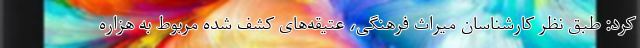
کرد: طبق نظر کارشناسان میراث فرهنگی، عتیقه‌های کشف شده مربوط به هزاره